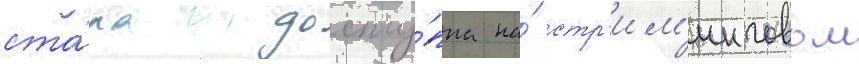
ста́ла досту́пна на́ стр'им'инговом